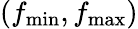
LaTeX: (f_{\operatorname*{min}},f_{\operatorname*{max}})